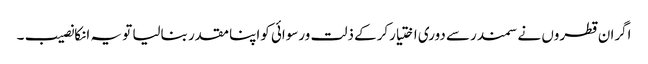
اگران قطروں نے سمندرسے دوری اختیارکرکے ذلت ورسوائی کواپنا مقدر بنالیا تو یہ انکانصیب ۔